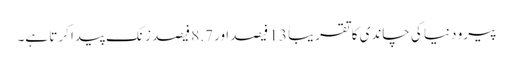
پیرو دنیا کی چاندی کا تقریباً 13 فیصد ا ور 8.7 فیصد زنک پیدا کرتا ہے۔